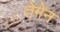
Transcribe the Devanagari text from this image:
तेगेन